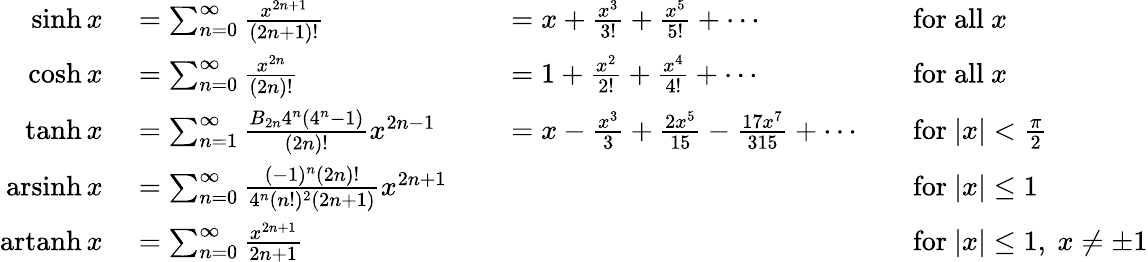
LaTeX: \begin{array}{rlrlrl}{\sinh x}&{{}=\sum_{n=0}^{\infty}{\frac{x^{2n+1}}{(2n+1)!}}}&{}&{{}=x+{\frac{x^{3}}{3!}}+{\frac{x^{5}}{5!}}+\cdots}&{}&{{}{\mathrm{for~all~}}x}\\ {\cosh x}&{{}=\sum_{n=0}^{\infty}{\frac{x^{2n}}{(2n)!}}}&{}&{{}=1+{\frac{x^{2}}{2!}}+{\frac{x^{4}}{4!}}+\cdots}&{}&{{}{\mathrm{for~all~}}x}\\ {\operatorname{tanh}x}&{{}=\sum_{n=1}^{\infty}{\frac{B_{2n}4^{n}\left(4^{n}-1\right)}{(2n)!}}x^{2n-1}}&{}&{{}=x-{\frac{x^{3}}{3}}+{\frac{2x^{5}}{15}}-{\frac{17x^{7}}{315}}+\cdots}&{}&{{}{\mathrm{for~}}|x|<{\frac{\pi}{2}}}\\ {\operatorname{arsinh}x}&{{}=\sum_{n=0}^{\infty}{\frac{(-1)^{n}(2n)!}{4^{n}(n!)^{2}(2n+1)}}x^{2n+1}}&{}&{{}}&{}&{{}{\mathrm{for~}}|x|\leq 1}\\ {\operatorname{artanh}x}&{{}=\sum_{n=0}^{\infty}{\frac{x^{2n+1}}{2n+1}}}&{}&{{}}&{}&{{}{\mathrm{for~}}|x|\leq 1,\ x\neq\pm 1}\end{array}